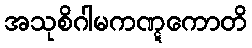
အသုစိဂါမကဏ္ဋကောတိ